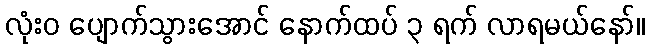
လုံးဝ ပျောက်သွားအောင် နောက်ထပ် ၃ ရက် လာရမယ်နော်။